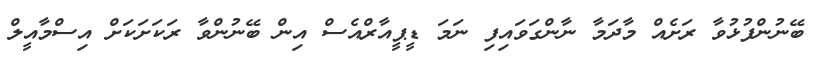
ބޭނުންފުޅުވާ ރަށެއް މާދަމާ ނާންގަވައިފި ނަމަ ޑީޕީއާރްއެސް އިން ބޭނުންވާ ރަކަށަކަށް އިސްމާއީލް